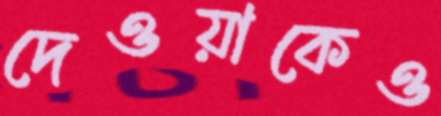
দেওয়াকেও